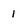
Character: 1